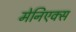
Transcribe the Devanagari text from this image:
मेनिएक्स